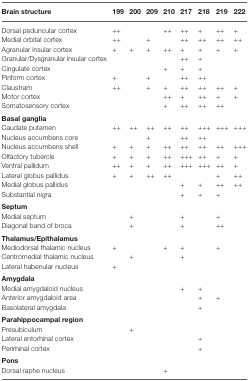
| Brain structure | 199 | 200 | 209 | 210 | 217 | 218 | 219 | 222 |
 | --- | --- | --- | --- | --- | --- | --- | --- | --- |
 | Dorsal peduncular cortex | ++ |  |  | ++ | ++ | + | ++ | + |
 | Medial orbital cortex | ++ |  | + |  | ++ | ++ | ++ | ++ |
 | Agranular insular cortex | + | + | + | ++ | + | + | + | + |
 | Granular/Dysgranular insular cortex |  |  |  |  | ++ | + |
 | Cingulate cortex |  |  |  | + | + | + |
 | Piriform cortex | + |  | + |  | ++ | ++ |
 | Claustram | ++ |  | + | + | ++ | ++ | ++ | + |
 | Motor cortex |  |  |  | ++ | + | ++ | + | + |
 | Somatosensory cortex |  |  |  | + | ++ | ++ | ++ |
 | Basal ganglia |
 | Caudate putamen | ++ | ++ | ++ | ++ | ++ | +++ | +++ | +++ |
 | Nucleus accumbens core |  |  | + |  | ++ | ++ |
 | Nucleus accumbens shell | + | + | + | ++ | ++ | ++ | ++ | +++ |
 | Olfactory tubercle | + | + | + | ++ | +++ | ++ | + | + |
 | Ventral pallidum | ++ | + | + | ++ | +++ | +++ | ++ | + |
 | Lateral globus pallidus | + | + | ++ | ++ |  |  | + | ++ |
 | Medial globus pallidus |  |  |  |  | + | + | ++ | ++ |
 | Substantial nigra |  |  |  |  | + | + | + |
 | Septum |
 | Medial septum |  | + |  |  | + |  | + |
 | Diagonal band of broca |  | + |  |  | + |  | ++ |
 | Thalamus/Epithalamus |
 | Mediodorsal thalamic nucleus | + |  |  | + | + |  | + |
 | Centromedial thalamic nucleus |  | + |  |  | + |
 | Lateral habenular nucleus | + |
 | Amygdala |
 | Medial amygdaloid nucleus |  |  |  |  | + | + |
 | Anterior amygdaloid area |  |  |  |  |  | + | + |
 | Basolateral amygdala |  |  |  |  |  | + |
 | Parahippocampal region |
 | Presubiculum |  | + |
 | Lateral entorhinal cortex |  |  |  |  |  | + |
 | Perirhinal cortex |  |  |  |  |  | + |
 | Pons |
 | Dorsal raphe nucleus |  |  |  | + |